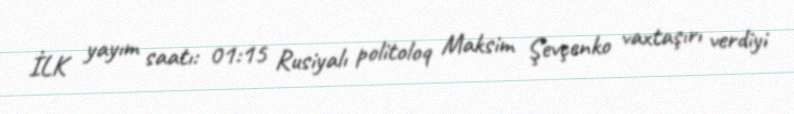
İLK yayım saatı: 01:15 Rusiyalı politoloq Maksim Şevçenko vaxtaşırı verdiyi